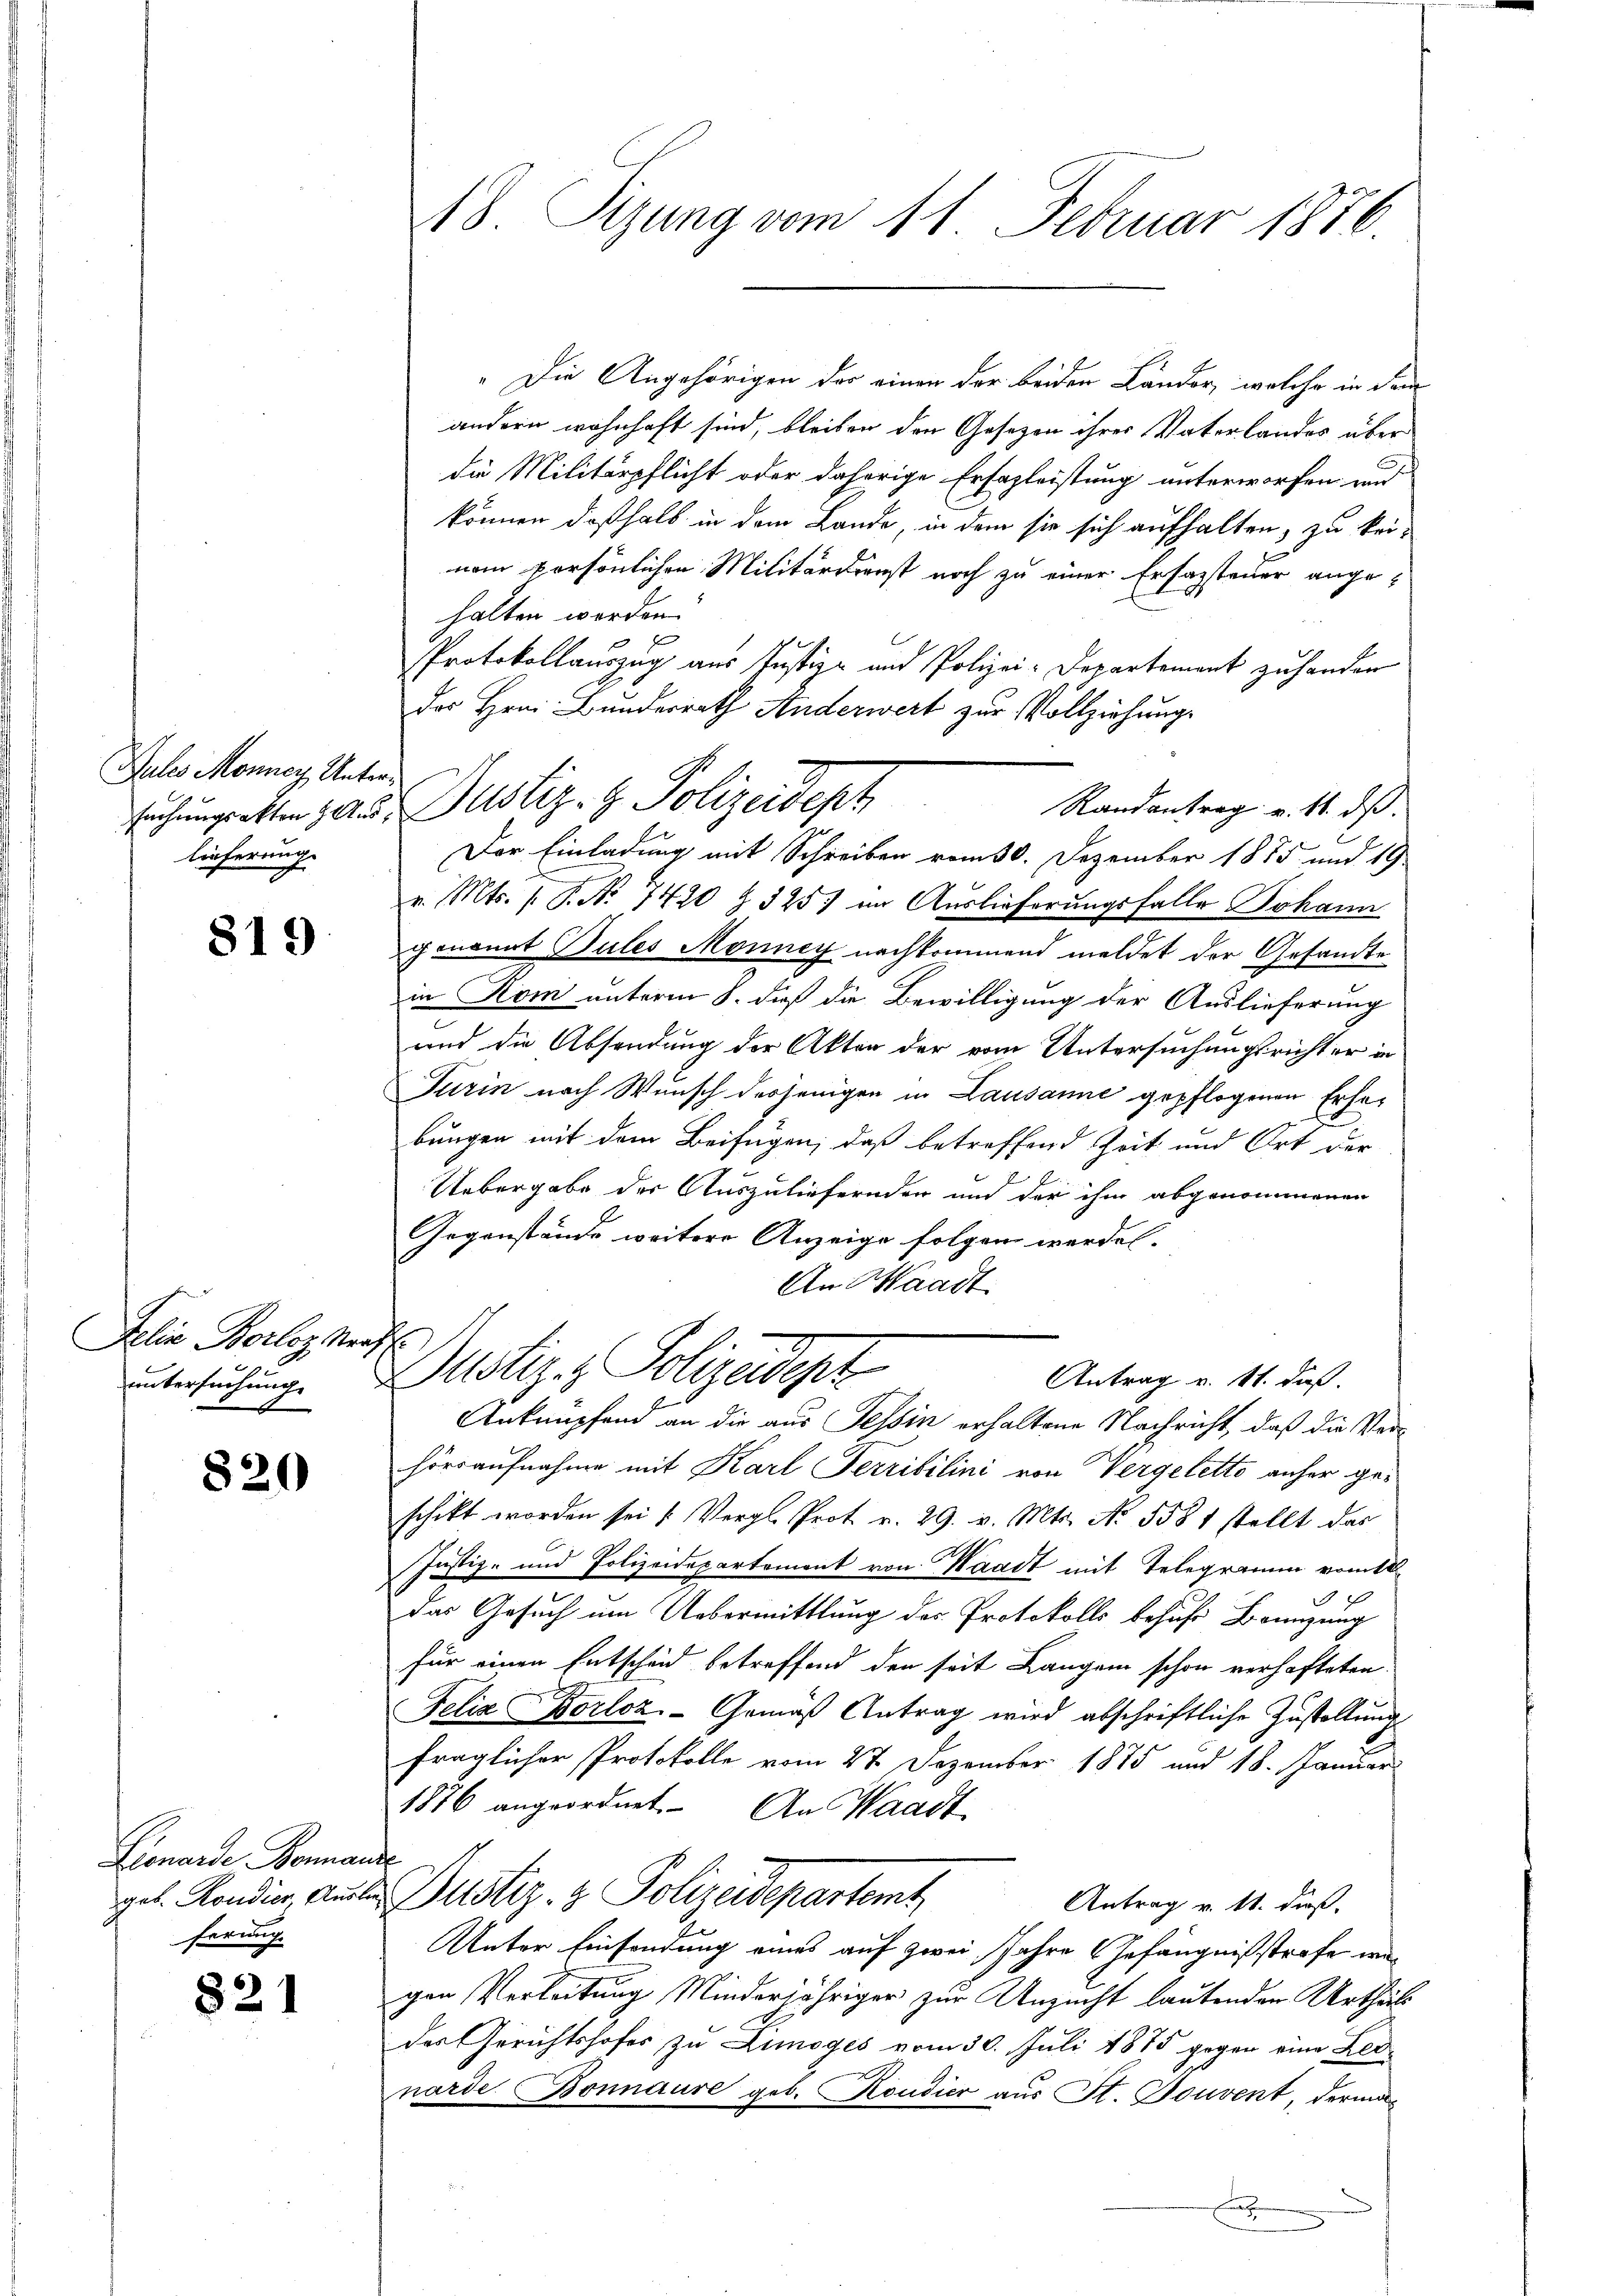
Jales Monney Unterlieferung

819

Jelia Borloz Ner
untersuchunge

820

kamenten Sammen
geb. Kondier Aus-
ferung.

821

48. Rezung vom 11. Februar 1876

.Die Angehörigen der einen der beiden Länder, welche in dem
andern wohnhaft sind, bleiben den Gesezen ihrer Vaterlandes über
die Militärpflicht oder daherige Erfazleistung unterworfen und
können deßhalb in dem Lande, in dem sie sich aufhalten, zu keinem persönlichen Militärdienst noch zu einer Erfassteuer angehalten worden.
Protokollauszug aus Justiz- und Polizei-Departement zu handen
des Hrn. Bundesrath Anderwert zur Vollziehung.
Randantrag v. 11. ds.
Der Einladung mit Schreiben vom 30. Dezember 1885 und 19
v. Mts. /. P. Nr. 7420 § 325) im Auslieferungsfalle Johann
genannt Bules Monney nachkommend meldet der Gesandte
in Rom unterm 8. dieß die Bewilligung der Auslieferung
und die Absendung der Akten der vom Untersuchungsrichter in
Turin nach Wunsch derjenigen in Lausanne gepflogenen Erhe¬
1
bungen mit dem Beifügen, daß betreffend Zeit und Ort der
E
Uebergabe der Auszuliefernden und der ihm abgenommenen
Gegenstände weitere Anzeige folgen werden.
An Waadt
h
Dustiz & Polizeidigt
Antrag v. 11. daß
Ankenpfand an die aus Tessin erhaltene Nachricht, daß die Verhörraufnahme mit Karl Terribilini von Vergeletto anher geschikt worden sei (Vergl. Prot v. 29. v. Mts. No. 558 1 stellt das
Justiz- und Polizeidepartement von Waadt mit Telegramm vom 18.
.
das Gesuch um Uebermittlung des Protokolls behufs Brüngung
für einen Entscheid betreffend den seit Langen schon verhafteten
Felix Borloz.-Gemäβ Antrag wird abschriftliche Zustellŭng
fraglicher Protokolle vom 27 Dezember 1875 und 18. Januar
1876 angeordnet. An Waadt
t
Justiz- & Polizeidepartamt
Antrag v. 11. dieß.
Unter Einsendung eines auf zwei Jahre Gefängnißstrafe wegen Verleitung Minderjähriger zur Unzucht lautenden Urtheils
der Gerichtshofes zu Limoges vom 30. Juli 1875 gegen eine Leb-
narde Bonnaure geb. Kondier aus St. Nouvent, derma¬
.

suchungsetten zu u. Justiz- & Polizeidept